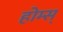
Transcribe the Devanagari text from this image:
होम्स्